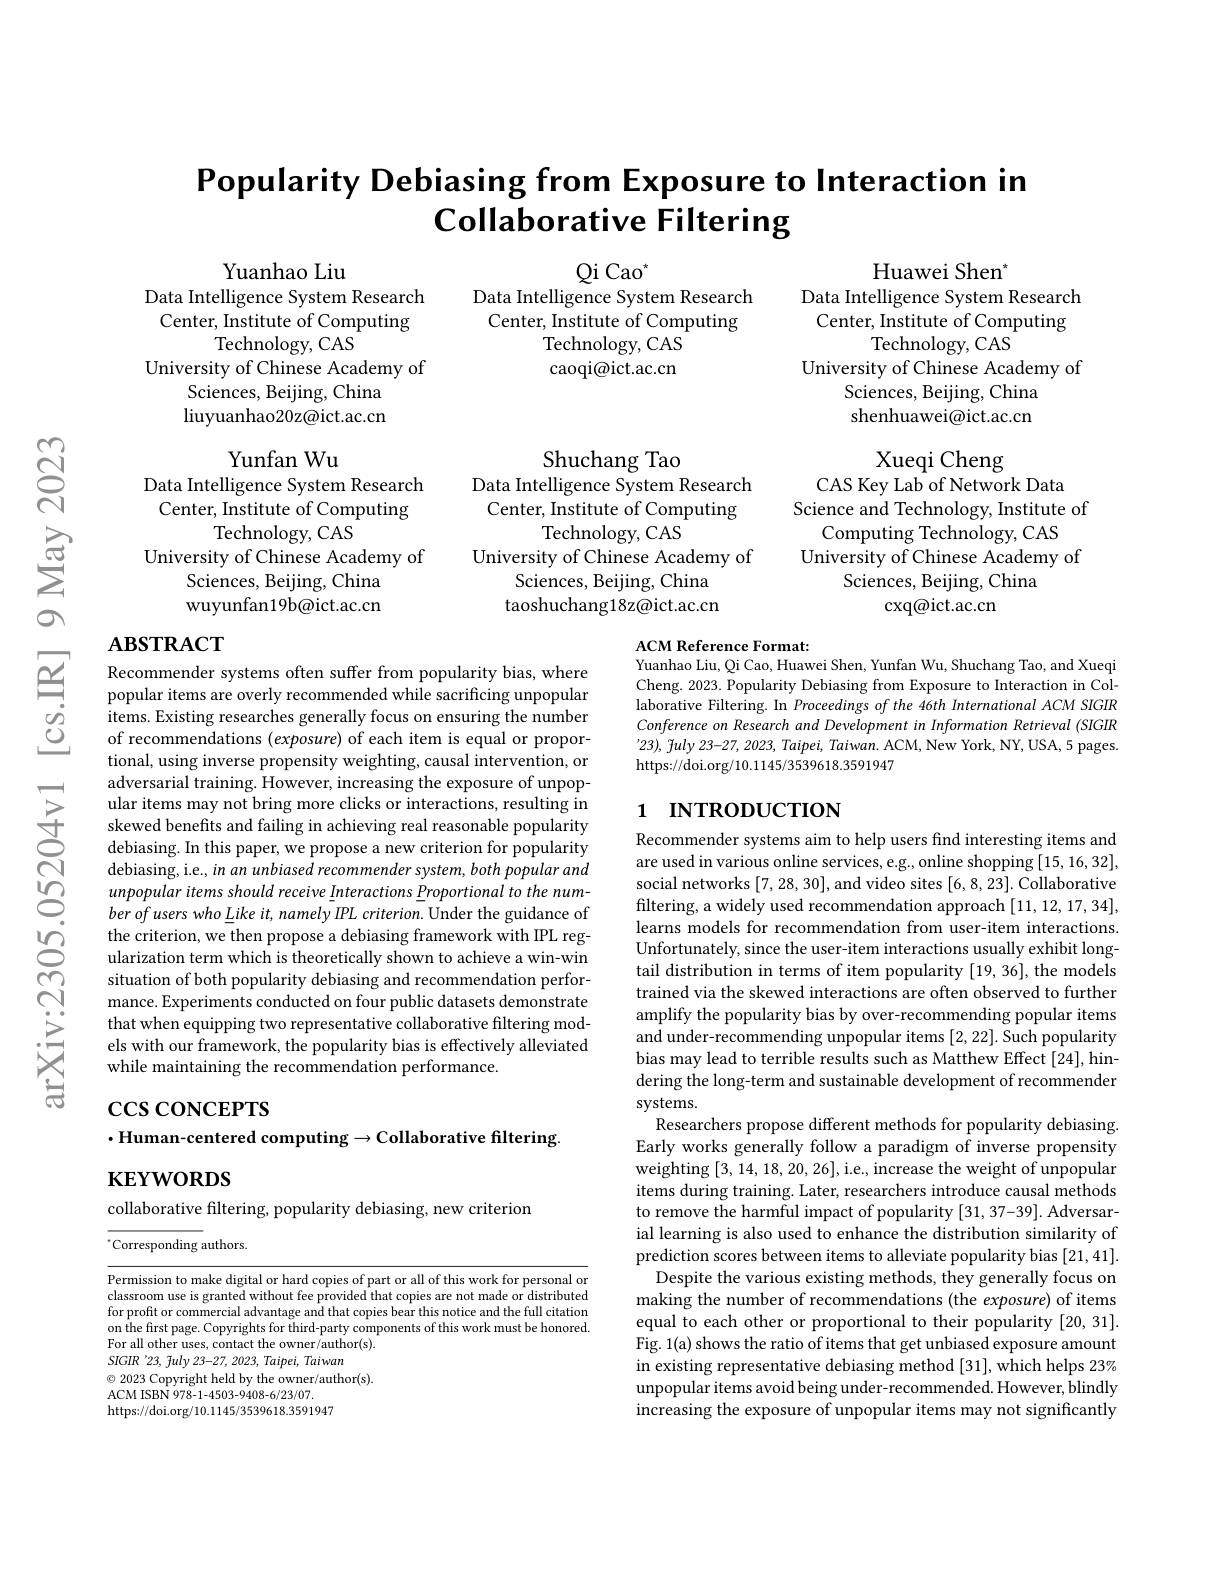
## Popularity Debiasing from Exposure to Interaction in $\textbf{Collaborative Filtering}$

Yuanhao Liu

Data Intelligence System Research

Qi Cao$^{*}$
Data Intelligence System Research Center, Institute of Computing
Technology, CAS caoqi@ict.ac.cn

Center, Institute of Computing

Huawei Shen"
Data Intelligence System Research Center, Institute of Computing
Technology, CAS
University of Chinese Academy of
Sciences, Beijing, China shenhuawei@ict.ac.cn

Technology, CAS

University of Chinese Academy of

Sciences, Beijing, China

liuyuanhao20z@ict.ac.cn

Shuchang Tao
Data Intelligence System Research Center, Institute of Computing
Technology, CAS
University of Chinese Academy of
Sciences, Beijing, China taoshuchang18z@ict.ac.cn

Yunfan Wu
Data Intelligence System Research Center, Institute of Computing
Technology, CAS
University of Chinese Academy of
Sciences, Beijing, China wuyunfan19b@ict.ac.cn

Xueqi Cheng
CAS Key Lab of Network Data
Science and Technology, Institute of
Computing Technology, CAS
University of Chinese Academy of
Sciences, Beijing, China
$\operatorname{cxq@ict.ac.cn}$

## $\mathbf{ABSTRACT}$

ACM Reference Format:
Yuanhao Liu, Qi Cao, Huawei Shen, Yunfan Wu, Shuchang Tao, and Xueqi

Cheng. 2023. Popularity Debiasing from Exposure to Interaction in Collaborative Filtering. In Proceedings of the 46th International ACM SIGIR Conference on Research and Development in Information Retrieval (SIGIR '23), fuly 23-27, 2023, Taipei, Taiwan. ACM, New York, NY, USA, 5 pages. https://doi.org/10.1145/3539618.3591947

## 1 INTRODUCTION

Recommender systems often suffer from popularity bias, where popular items are overly recommended while sacrificing unpopular items. Existing researches generally focus on ensuring the number of recommendations (exposure) of each item is equal or proportional, using inverse propensity weighting, causal intervention, or adversarial training. However, increasing the exposure of unpopular items may not bring more clicks or interactions, resulting in skewed benefits and failing in achieving real reasonable popularity debiasing. In this paper, we propose a new criterion for popularity debiasing, i.e., in an unbiased recommender system, both popular and unpopular items should receive Interactions Proportional to the num- $berofuserswho\underline{L}ikeit,namelyIPLcriterion.$Under the guidance of the criterion, we then propose a debiasing framework with IPL regularization term which is theoretically shown to achieve a win-win situation of both popularity debiasing and recommendation performance. Experiments conducted on four public datasets demonstrate that when equipping two representative collaborative filtering models with our framework, the popularity bias is effectively alleviated while maintaining the recommendation performance.

Recommender systems aim to help users find interesting items and are used in various online services, e.g., online shopping [15,16,32], social networks [7,28,30],and video sites [6,8,23]. Collaborative filtering, a widely used recommendation approach [11,12,17,34], learns models for recommendation from user-item interactions. Unfortunately, since the user-item interactions usually exhibit longtail distribution in terms of item popularity [19,36], the models trained via the skewed interactions are often observed to further amplify the popularity bias by over-recommending popular items and under-recommending unpopular items [2,22]. Such popularity bias may lead to terrible results such as Matthew Effect [24], hindering the long-term and sustainable development of recommender systems.
Researchers propose different methods for popularity debiasing. Early works generally follow a paradigm of inverse propensity weighting [3,14,18,20,26],i.e., increase the weight of unpopular items during training. Later, researchers introduce causal methods to remove the harmful impact of popularity [31, 37-39]. Adversarial learning is also used to enhance the distribution similarity of prediction scores between items to alleviate popularity bias [21,41]. Despite the various existing methods, they generally focus on making the number of recommendations (the exposure) of items equal to each other or proportional to their popularity [20,31]. Fig. 1(a) shows the ratio of items that get unbiased exposure amount in existing representative debiasing method [31], which helps 23% unpopular items avoid being under-recommended. However, blindly increasing the exposure of unpopular items may not significantly

## $\csc\cos$coNCEPTS
$\cdot$Human-centered computing$\to$Collaborative filtering.
## $\mathbf{KEYWORDS}$

collaborative filtering, popularity debiasing, new criterion

$^{*}$Corresponding authors.

Permission to make digital or hard copies of part or all of this work for personal or classroom use is granted without fee provided that copies are not made or distributed for profit or commercial advantage and that copies bear this notice and the full citation on the first page. Copyrights for third-party components of this work must be honored. For all other uses, contact the owner/author(s)
SIGIR '23, fuly 23-27, 2023, Taipei, Taiwan
$\textcircled{\circ}$ 2023 Copyright held by the owner/author(s).
ACM ISBN 978-1-4503-9408-6/23/07.
https://doi.org/10.1145/3539618.3591947